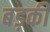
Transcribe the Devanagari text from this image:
बड़की